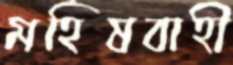
মহিষবাহী